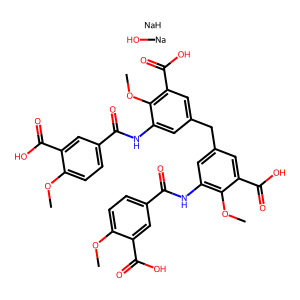
SMILES: COc1ccc(C(=O)Nc2cc(Cc3cc(NC(=O)c4ccc(OC)c(C(=O)O)c4)c(OC)c(C(=O)O)c3)cc(C(=O)O)c2OC)cc1C(=O)O.O[Na].[NaH]
Inhibits HIV replication: No